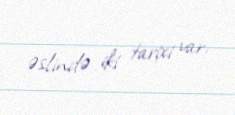
əslində iki tarixi var.